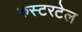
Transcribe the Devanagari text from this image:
रुस्टरटेल